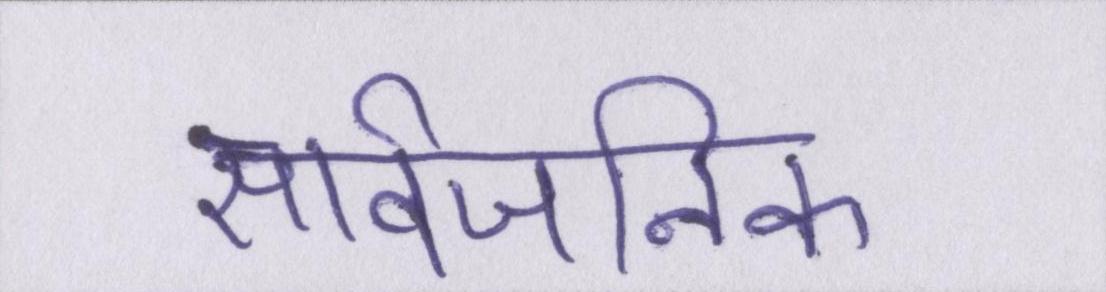
सार्वजनिक